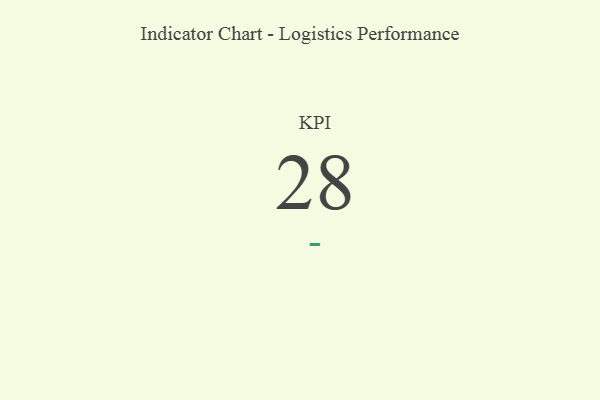
{"axis": {"x": "KPI", "y": "Value"}, "legend": [""], "data": [{"x": "KPI", "y": 28, "type": ""}]}